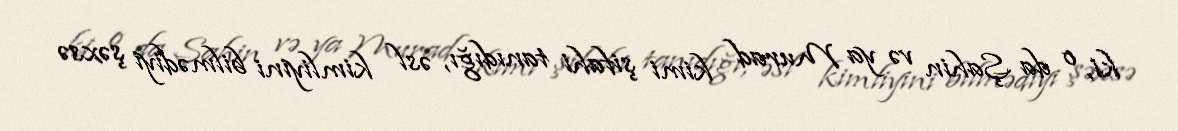
ki, o da Şahin və ya Murad kimi şifahi tanıdığı, əsl kimliyini bilmədiyi şəxsə